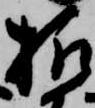
様